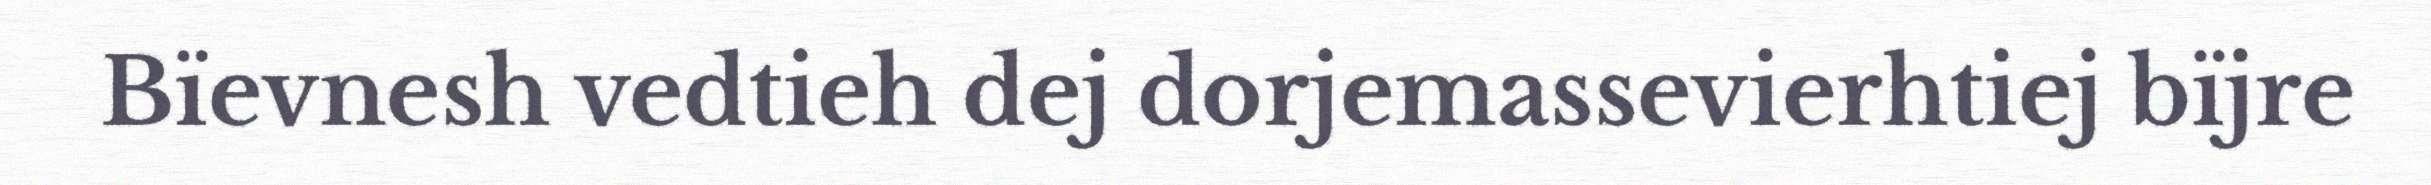
Bïevnesh vedtieh dej dorjemassevierhtiej bïjre